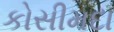
કોસીમદા